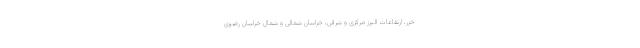
خزر، ارتفاعات البرز مرکزی و شرقی، خراسان شمالی و شمال خراسان رضوی